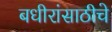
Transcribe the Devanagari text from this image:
बधीरांसाठीचे